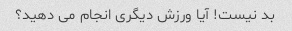
بد نیست! آیا ورزش دیگری انجام می دهید؟